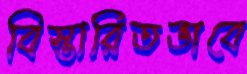
বিস্তারিতভাবে